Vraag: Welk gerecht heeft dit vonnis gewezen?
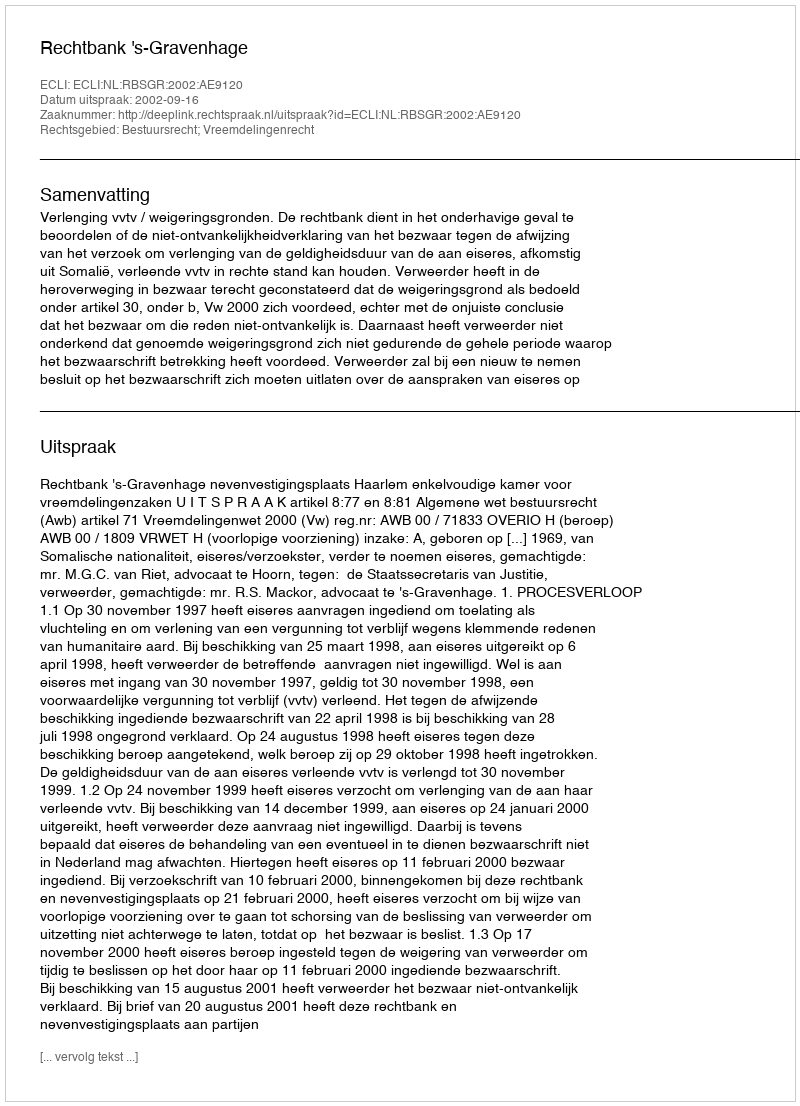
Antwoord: Rechtbank 's-Gravenhage